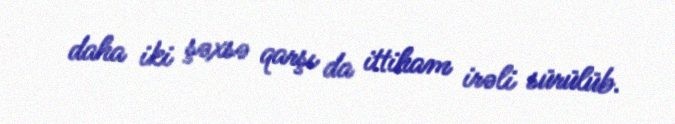
daha iki şəxsə qarşı da ittiham irəli sürülüb.